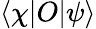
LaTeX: \langle\chi|O|\psi\rangle